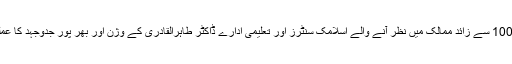
آج دنیا کے 100 سے زائد ممالک میں نظر آنے والے اسلامک سنٹرز اور تعلیمی ادارے ڈاکٹر طاہرالقادری کے وژن اور بھر پور جدوجہد کا عملی ثبوت ہیں۔